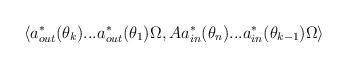
LaTeX: \begin{align*}\left\langle a_{out}^{\ast }(\theta _{k})...a_{out}^{\ast }(\theta_{1})\Omega ,Aa_{in}^{\ast }(\theta _{n})...a_{in}^{\ast }(\theta_{k-1})\Omega \right\rangle \end{align*}